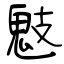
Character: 鬾